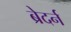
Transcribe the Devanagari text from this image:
ब्रेदर्न